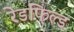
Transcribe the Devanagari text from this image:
रेडफिल्ड